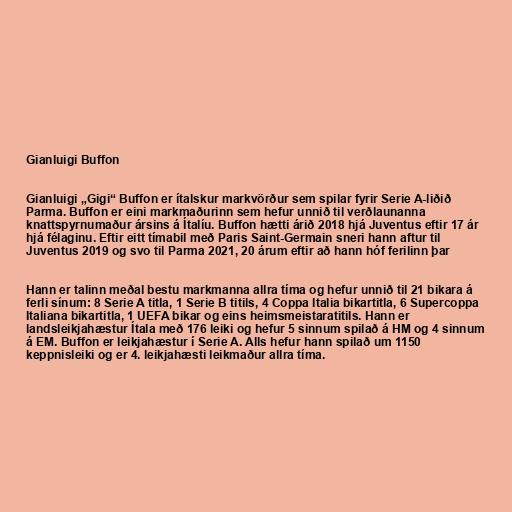
Gianluigi Buffon

Gianluigi „Gigi“ Buffon er ítalskur markvörður sem spilar fyrir Serie A-liðið
Parma. Buffon er eini markmaðurinn sem hefur unnið til verðlaunanna
knattspyrnumaður ársins á Ítalíu. Buffon hætti árið 2018 hjá Juventus eftir 17 ár
hjá félaginu. Eftir eitt tímabil með Paris Saint-Germain sneri hann aftur til
Juventus 2019 og svo til Parma 2021, 20 árum eftir að hann hóf ferilinn þar

Hann er talinn meðal bestu markmanna allra tíma og hefur unnið til 21 bikara á
ferli sínum: 8 Serie A titla, 1 Serie B titils, 4 Coppa Italia bikartitla, 6 Supercoppa
Italiana bikartitla, 1 UEFA bikar og eins heimsmeistaratitils. Hann er
landsleikjahæstur Ítala með 176 leiki og hefur 5 sinnum spilað á HM og 4 sinnum
á EM. Buffon er leikjahæstur í Serie A. Alls hefur hann spilað um 1150
keppnisleiki og er 4. leikjahæsti leikmaður allra tíma.